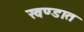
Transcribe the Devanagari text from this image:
खण्डात